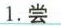
1.尝